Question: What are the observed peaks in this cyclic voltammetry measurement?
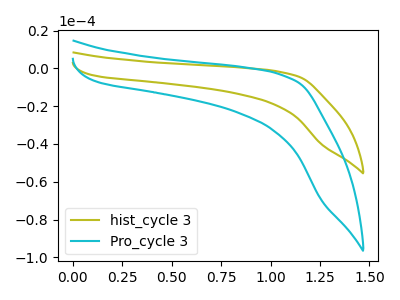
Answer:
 <answer>The olive curve "hist_cycle 3" has no peaks. The cyan curve "Pro_cycle 3" has no peaks.</answer>
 <eval></eval>